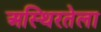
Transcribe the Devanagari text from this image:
अस्थिरतेला